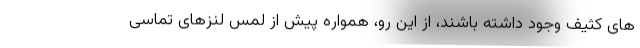
های کثیف وجود داشته باشند، از این رو، همواره پیش از لمس لنزهای تماسی